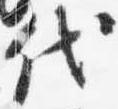
代